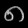
Digit: ၈